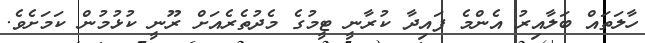
ހާލަތައް ބަލާއިރު އެންމެ ފައިދާ ކުރާނީ ޓީމުގެ މެދުތެރެއަށް ރޫނީ ކުޅުމުން ކަމަށެވެ.